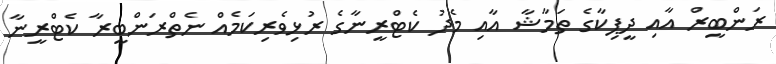
ރަންބީރް އާއި ދީޕިކާގެ ތަމާޝާ އާއި މެދު ކެޓްރީނާގެ ރުޅިވެރިކަމެއް ނެތްރަންބީރާ ކެޓްރީނާ